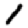
Digit: 1